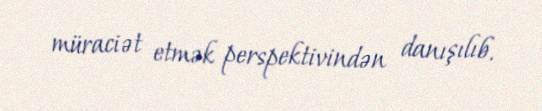
müraciət etmək perspektivindən danışılıb.